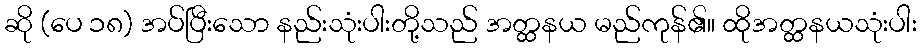
ဆို (ပေ ၁၈) အပ်ပြီးသော နည်းသုံးပါးတို့သည် အတ္ထနယ မည်ကုန်၏။ ထိုအတ္ထနယသုံးပါး